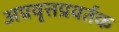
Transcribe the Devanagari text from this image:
अप्रवृत्तप्रवर्तक